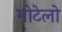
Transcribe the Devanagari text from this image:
मोटेलो